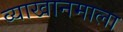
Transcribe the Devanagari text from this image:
व्याखानमाला